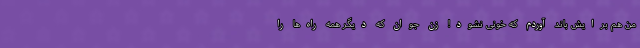
من هم برایش باند آوردم که خونی نشود! زن جوان که دیگر همه راه‌ها را